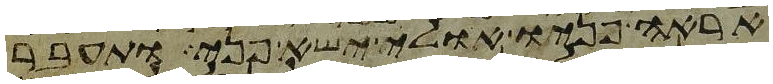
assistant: אראה פניו אולי ישא פני ותעבר